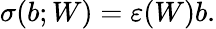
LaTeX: \sigma(b;W)=\varepsilon(W)b.